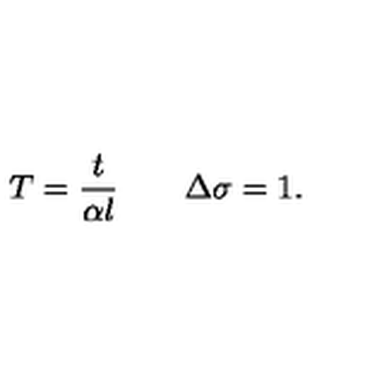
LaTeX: T = \frac { t } { \alpha l } \quad \quad \Delta \sigma = 1 .